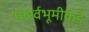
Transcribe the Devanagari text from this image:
पार्श्वभूमीकडे